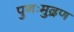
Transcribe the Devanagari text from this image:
पुनःमुद्रण